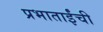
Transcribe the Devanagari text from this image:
प्रभाताईंची